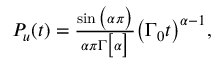
\begin{array} { r } { P _ { u } ( t ) = \frac { \sin \big ( \alpha \pi \big ) } { \alpha \pi \Gamma \big [ \alpha \big ] } \big ( \Gamma _ { 0 } t \big ) ^ { \alpha - 1 } , } \end{array}